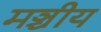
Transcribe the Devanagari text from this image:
मञ्चीय